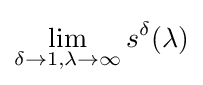
\lim _{\delta \to 1,\lambda \to \infty }s^{\delta }(\lambda )